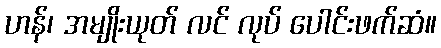
ဟန်၊ အမျိုးယုတ် လင် လုပ် ပေါင်းဖက်ဆံ။